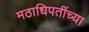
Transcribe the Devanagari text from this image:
मठाधिपतींच्या